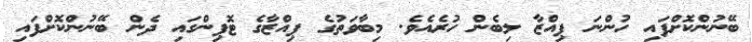
ބޭނުންކޮށްފައި ހުންނަ ޕިއްޒާ ލިބެން ހުރެއެވެ. މިބާވަތުގެ ޕިއްޒާގެ ޓޮޕިންގައި ދެން ބޭނުންކޮށްފައި